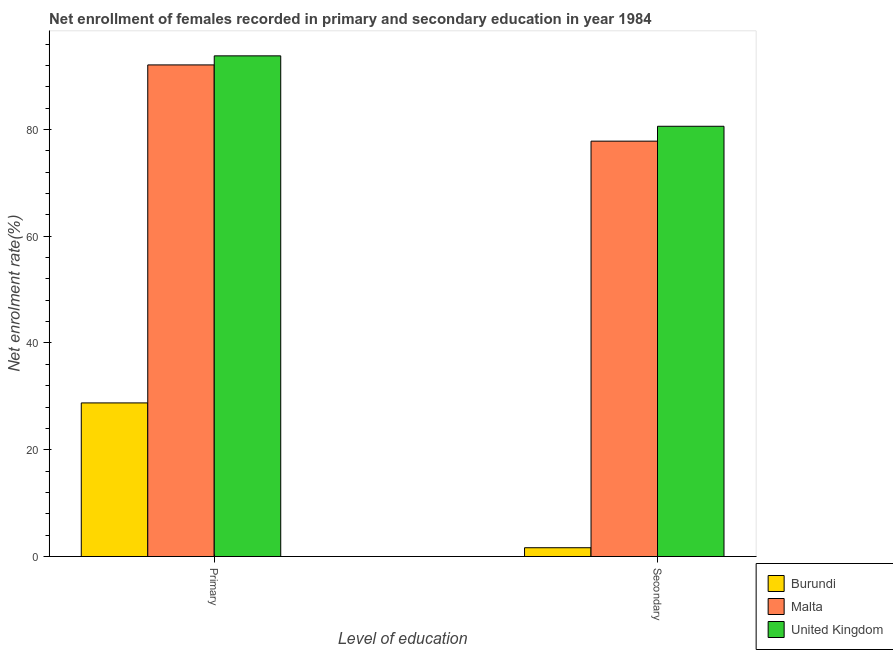
| Level of education | Burundi | Malta | United Kingdom |
 | --- | --- | --- | --- |
 | Primary | 28.8 | 92.1 | 93.8 |
 | Secondary | 1.65 | 77.8 | 80.6 |